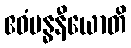
ဧဝံဗန္ဓနီယောတိ